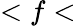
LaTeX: <f<